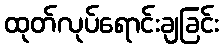
ထုတ်လုပ်ရောင်းချခြင်း